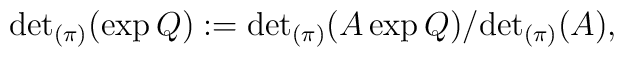
{\det}_{(\pi)}(\exp Q):={\det}_{(\pi)}(A\exp Q)\big/{\det}_{(\pi)}(A),